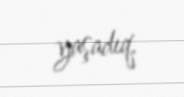
yaşadıq.